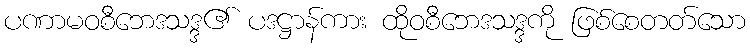
ပဏာမဝစီဘေဒသဒ္ဒ၏ ပဒဋ္ဌာန်ကား ထိုဝစီဘေဒသဒ္ဒကို ဖြစ်စေတတ်သော